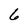
Character: 6